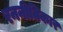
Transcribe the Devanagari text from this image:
रननीतिकार